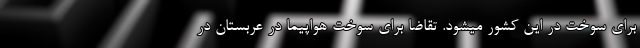
برای سوخت در این کشور میشود. تقاضا برای سوخت هواپیما در عربستان در